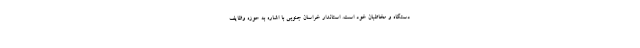
دستگاه و مخاطبان خود است. استاندار خراسان جنوبی با اشاره به حوزه وظایف